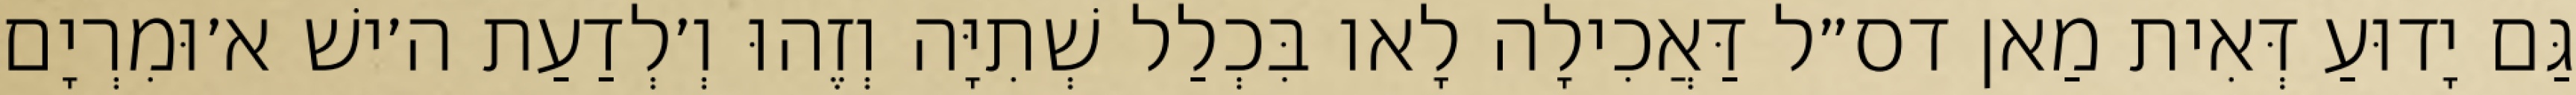
גַּם יָדוּעַ דְּאִית מַאן דס״ל דַּאֲכִילָה לָאו בִּכְלַל שְׁתִיָּה וְזֶהוּ וְ׳לְדַעַת ה׳ישׁ א׳וּמִרְיָם